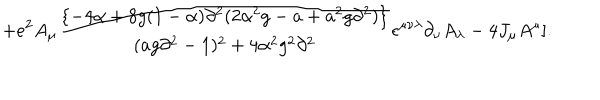
+ e ^ { 2 } A _ { \mu } { \frac { \{ - 4 \alpha + 8 g ( 1 - \alpha ) \partial ^ { 2 } ( 2 \alpha ^ { 2 } g - a + a ^ { 2 } g \partial ^ { 2 } ) \} } { ( a g \partial ^ { 2 } - 1 ) ^ { 2 } + 4 \alpha ^ { 2 } g ^ { 2 } \partial ^ { 2 } } } \epsilon ^ { \mu \nu \lambda } \partial _ { \nu } A _ { \lambda } - 4 J _ { \mu } A ^ { \mu } ] .